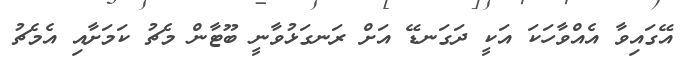
އޭގައިވާ އެއްވާހަކަ އަކީ ދަގަނޑޭ އަށް ރަނގަޅުވާނީ ބޫޓާން މެޗު ކަމަށާއި އެމެޗު